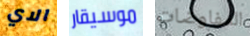
الاي موسيقار المفاوضات